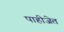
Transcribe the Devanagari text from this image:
पाहीजेत